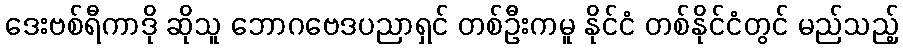
ဒေးဗစ်ရီကာဒို ဆိုသူ ဘောဂဗေဒပညာရှင် တစ်ဦးကမူ နိုင်ငံ တစ်နိုင်ငံတွင် မည်သည့်